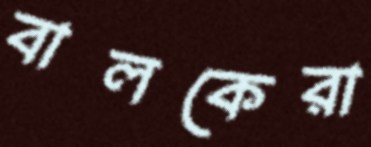
বালকেরা